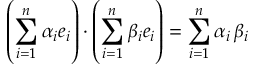
\left( \sum _ { i = 1 } ^ { n } \alpha _ { i } e _ { i } \right) \cdot \left( \sum _ { i = 1 } ^ { n } \beta _ { i } e _ { i } \right) = \sum _ { i = 1 } ^ { n } \alpha _ { i } \, \beta _ { i }